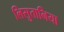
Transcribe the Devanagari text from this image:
लिसुतानिया